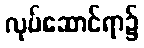
လုပ်ဆောင်ရာ၌